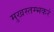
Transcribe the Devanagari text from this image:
मुखस्तम्भकरं